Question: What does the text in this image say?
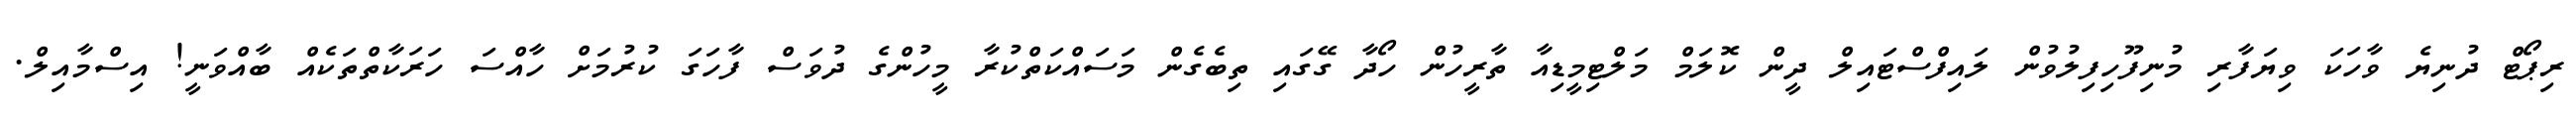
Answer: ރިޕޯޓް ދުނިޔެ ވާހަކަ ވިޔަފާރި މުނިފޫހިފިލުވުން ލައިފްސްޓައިލް ދީން ކޮލަމް މަލްޓިމީޑިއާ ތާރީހުން ހޯދާ ގޭގައި ތިބެގެން މަސައްކަތްކުރާ މީހުންގެ ދުވަސް ފާހަގަ ކުރުމަށް ހާއްސަ ހަރަކާތްތަކެއް ބާއްވަނީ! އިސްމާއިލް.